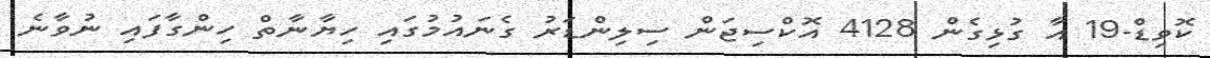
ކޮވިޑް-19 އާ ގުޅިގެން 4128 އޮކްސިޖަން ސިލިންޑަރު ގެނައުމުގައި ހިޔާނާތް ހިންގާފައި ނުވާނެ